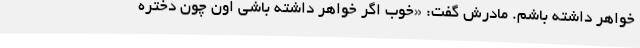
خواهر داشته باشم. مادرش گفت: «خوب اگر خواهر داشته باشی اون چون دختره